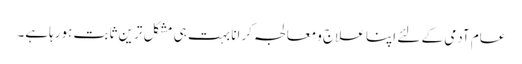
عام آدمی کے لئے اپنا علاج ومعالجہ کرانا بہت ہی مشکل ترین ثابت ہورہاہے۔